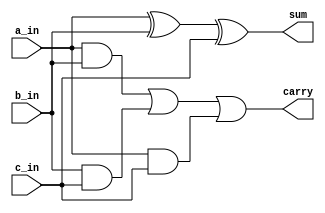
module Fa(input a_in, b_in, c_in, output sum, carry);
  assign sum = a_in ^ b_in ^ c_in;
  assign carry = (a_in & b_in) | (b_in & c_in) | (a_in & c_in);
endmodule

module ripple_carry_Adder(input [3:0]a_in,b_in,input c_in,output [3:0]sum,output carry);
  wire [3:0]c_out;
  Fa unit1(a_in[0],b_in[0],1'b0,sum[0],c_out[0]);
  Fa unit2(a_in[1],b_in[1],c_out[0],sum[1],c_out[1]);
  Fa unit3(a_in[2],b_in[2],c_out[1],sum[2],c_out[2]);
  Fa unit4(a_in[3],b_in[3],c_out[2],sum[3],c_out[3]);
  assign carry = c_out[3];
endmodule